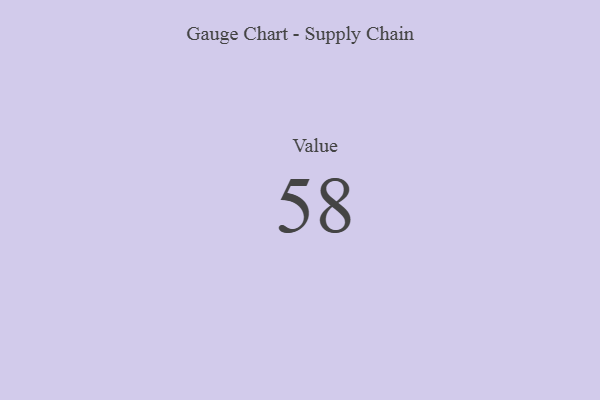
{"axis": {"x": "Metric", "y": "Value"}, "legend": [""], "data": [{"x": "Value", "y": 58, "type": ""}]}